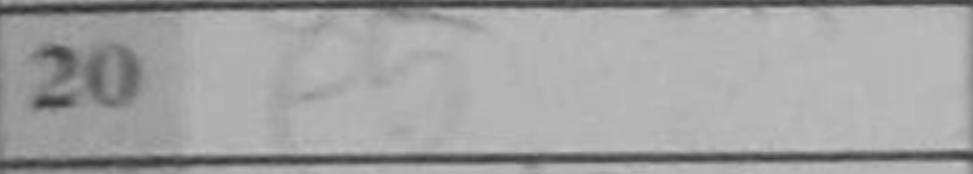
Transcription: f5